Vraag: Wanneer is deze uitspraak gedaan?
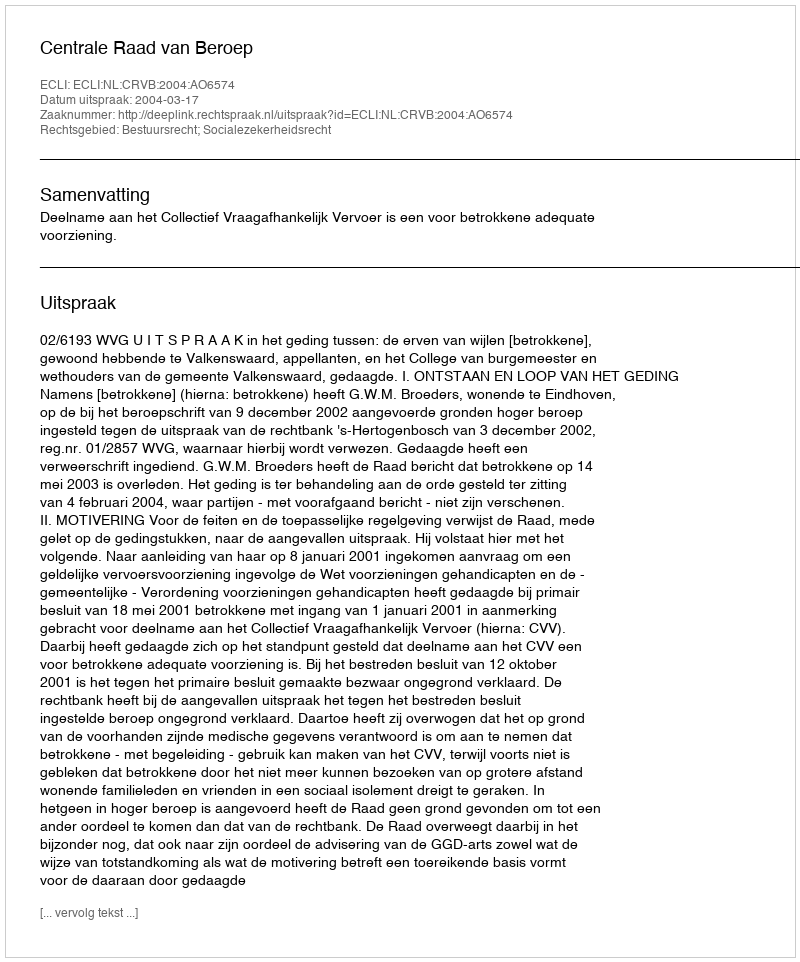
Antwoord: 2004-03-17